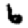
Digit: 6